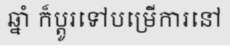
ឆ្នាំ ក៏ប្តូរទៅបម្រើការនៅ